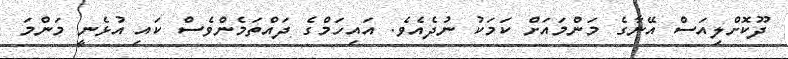
ދޫކޮށްލިއަސް އޭނާގެ މަންމައަށް ކަމަކު ނުދެއެވެ. އައިހަމްގެ ދައްތަމެންވެސް ކައި އުޅެނީ މަންމަ